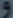
3